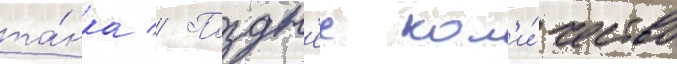
та́нка // Поздн'ее кол'и́чество